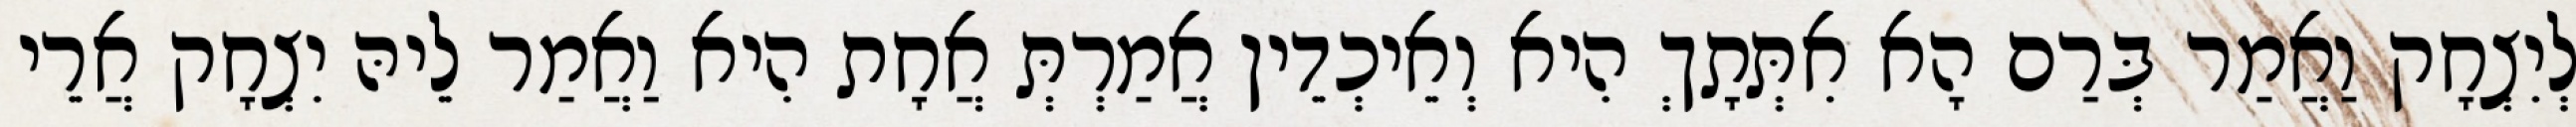
לְיִצְחָק וַאֲמַר בְּרַם הָא אִתְּתָךְ הִיא וְאֵיכְדֵין אֲמַרְתְּ אֲחָת הִיא וַאֲמַר לֵיהּ יִצְחָק אֲרֵי